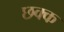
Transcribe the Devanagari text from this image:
छक्क